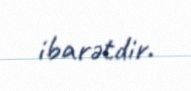
ibarətdir.